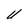
Character: U